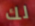
لك